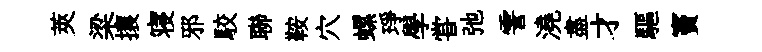
莢梁攘寝邪駮聯鞍穴螺琤學甞弛霅澆盡才驅竇